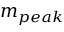
m _ { p e a k }